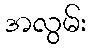
အလွမ်း